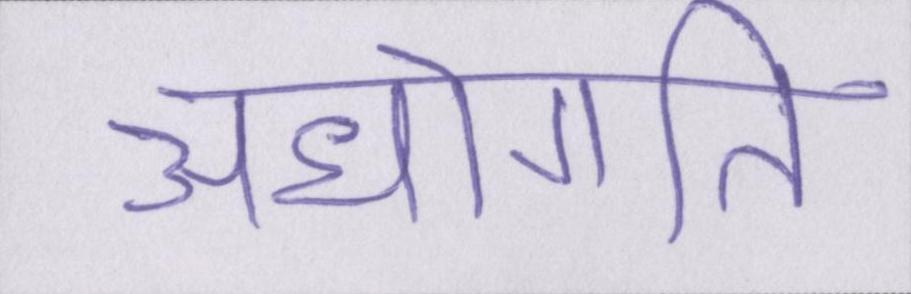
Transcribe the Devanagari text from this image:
अधोगति